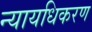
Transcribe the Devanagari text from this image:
न्‍यायधिकरण